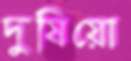
দুষিয়ো